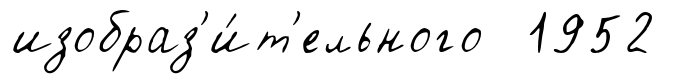
изобраз'и́т'ельного 1952